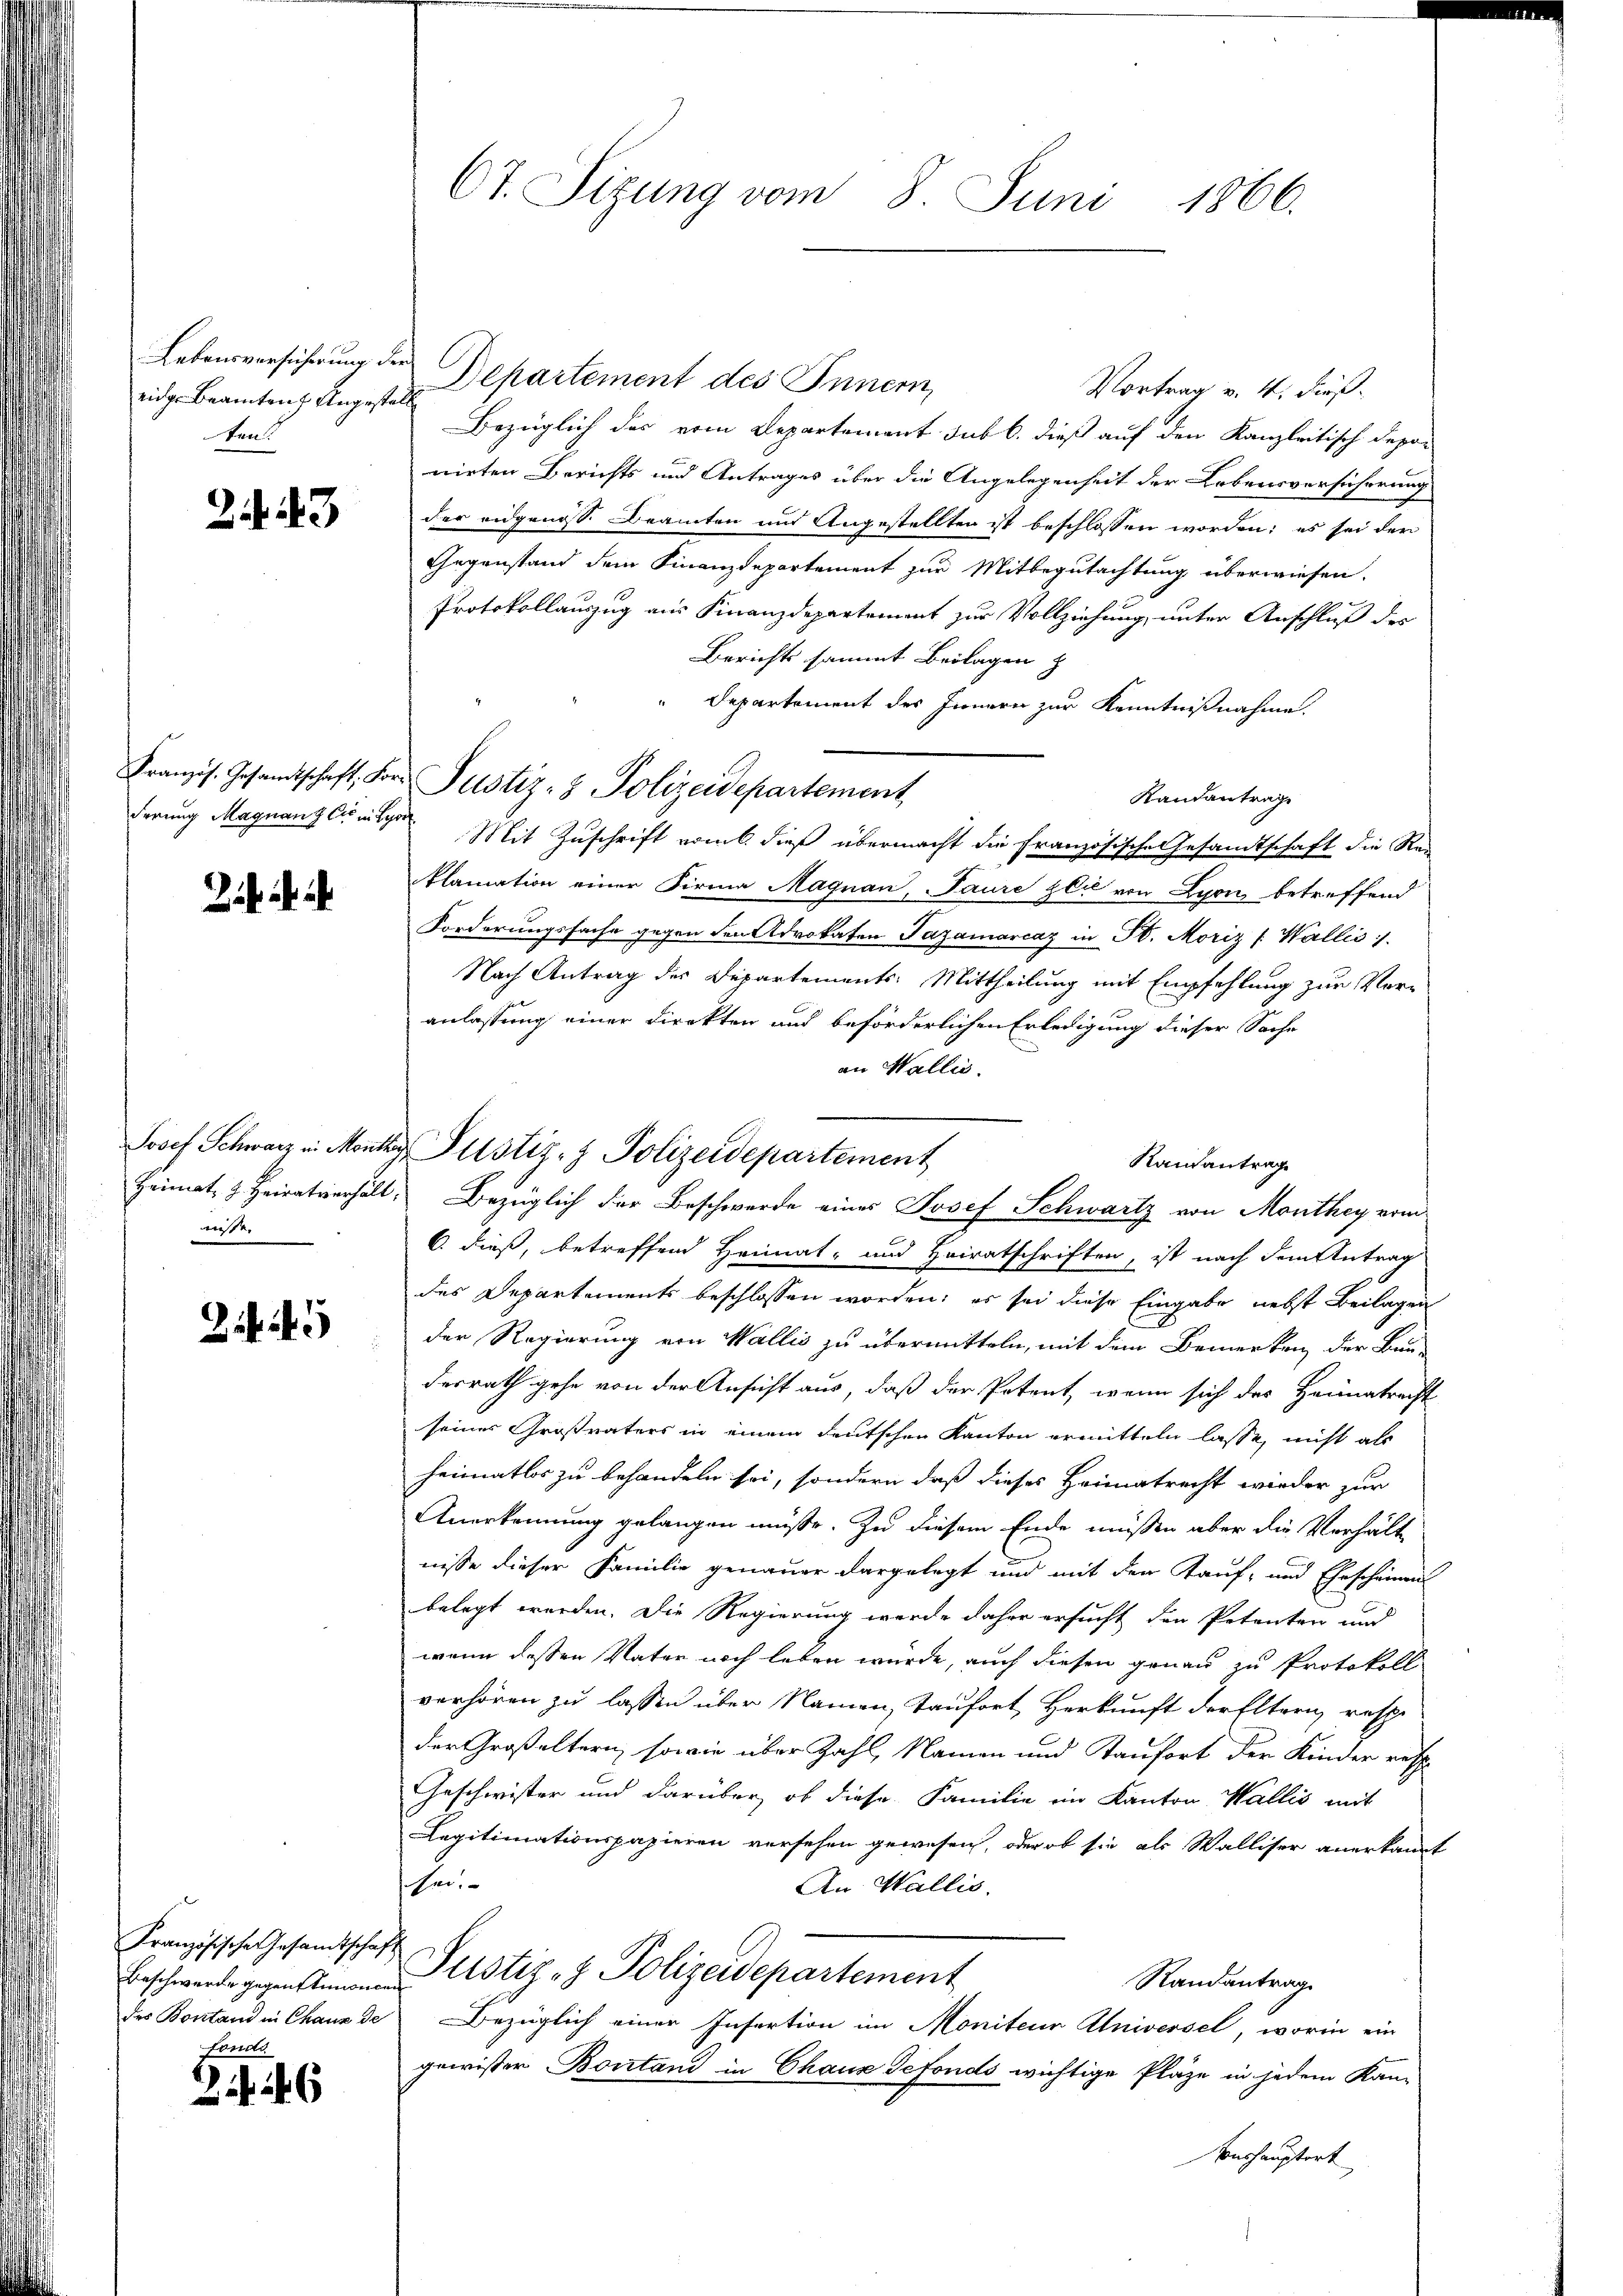
Latonsversicherung d.
eidge Beamten Ungesta
ten

243

derung Magnant C in Spor

Josef Schwarz in Month
Heimat, z. Heiratverhält
müsse.

Französische Gesamtschaf
Beschwerde gegenstimmen
des Bontand in Chaux de
fonds

2

Ct. Sizung vom 8. Juni 1866.

e
Departement des Innern,
Vortrag v. 4. dieß.
Bezüglich des vom Departement sub b. dieß auf den Kanzleitisch depo-
nirten Berichts und Antrages über die Angelegenheit der Lebensversicherung
der eidgenosse Beamten und Angestellten ist beschlossen worden; es sei der
Gegenstand dem Finanzdepartement zur Mitbegutachtung überwiesen.
Protokollauszug aus Finanzdepartement zur Vollziehung, unter Anschluß des
Berichts sammt Beilagen z
Departement des Innern zur Kenntnißnahme.
Franzs. Gesandtschaft, Fr. Justiz- & Polizeidepartement,
Randantrage
Mit Zuschrift vom 6. dieß übermacht die Französische Gesandtschaft die Rei
klamation einer Firma Magnau, Paure gli von Lyon betreffend
Forderungssache gegen den Advokaten Fazamarcaz in St. Moriz /: Wallis).
Nach Antrag des Departements: Mittheilung mit Empfehlung zur Vor-
anlassung einer Direkten und beförderlichen Erledigung dieser Sache
an Wallis.
Raisantrag
Bezüglich der Beschwerde eines Josef Schwartz von Monthey vom
C. dieß, betreffend Heimat- und Heiratschriften, ist nach dem Antrag
des Departements beschlossen worden; es sei diese Eingabe nebst Beilagen
der Regierung von Wallis zu übermitteln, mit dem Bemerken der Bun-
desrath gehe von der Ansicht aus, daß der Petent, wenn sich des Heimatrecht
seiner Großvaters in einem deutschen Kanton ermitteln lasse, nicht als
heimatlos zu behandeln sei, sondern daß dieses Heimatrecht wieder zur
Anerkennung gelangen müße. Zu diesem Ende müssen aber die Verhälte
nisse dieser Familie genauer dargelegt und mit den Kauf- und Ehescheinen
belegt werden. Die Regierung werde daher ersucht den Petenten und
wenn dessen Vater noch leben wurde, auch diesen genau zu Protokoll
verhören zu lassen über Namen, taufort Herkunft der Eltern, resp.
der Großeltern, sowie über Zahl, Namen und Taufort der Kinder resp.
Geschwister und darüber, ob diese Familie im Kanton Wallis mit
Legitimationspapieren versehen gewesen, oder ob sie als Walliser anerkannt
sei.
An Wallis.
Justiz- & Polizeidepartement
Randantrag
Bezüglich einer Infertion im Moniteur Universel, worin ein
gewisser Bonstand in Chaus Gefonds wichtige Pläge in jedem Kan¬
Vonshauptort

Justiz- & Polizeidepartement